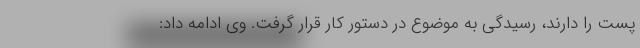
پست را دارند، رسیدگی به موضوع در دستور کار قرار گرفت. وی ادامه داد: